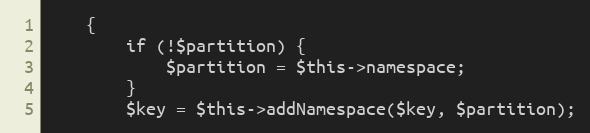
Language: PHP
    {
        if (!$partition) {
            $partition = $this->namespace;
        }
        $key = $this->addNamespace($key, $partition);